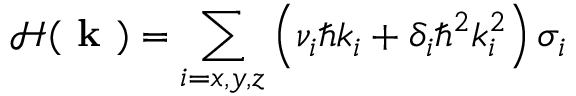
\mathcal { H } ( \textbf { k } ) = \sum _ { i = x , y , z } \left( \nu _ { i } \hbar k _ { i } + \delta _ { i } \hbar ^ { 2 } k _ { i } ^ { 2 } \right) \sigma _ { i }